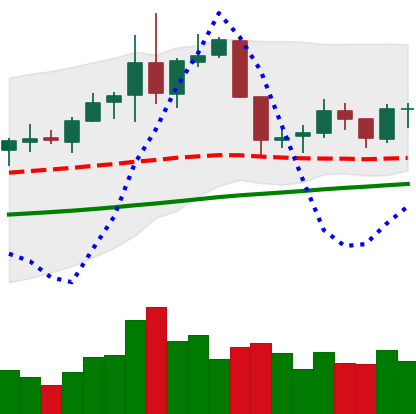
Ticker: NEO-USD
Chart end date: 2019-06-11
Forward return: 14.052%
Label: up_7plus